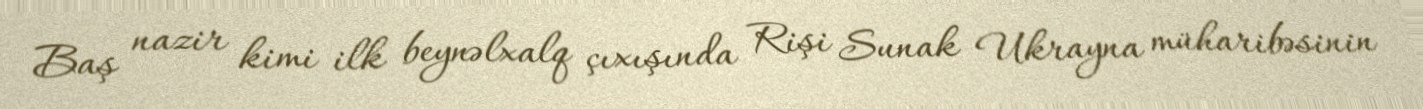
Baş nazir kimi ilk beynəlxalq çıxışında Rişi Sunak Ukrayna müharibəsinin